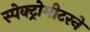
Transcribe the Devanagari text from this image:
स्पेक्ट्रोमीटरने